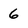
Character: 6